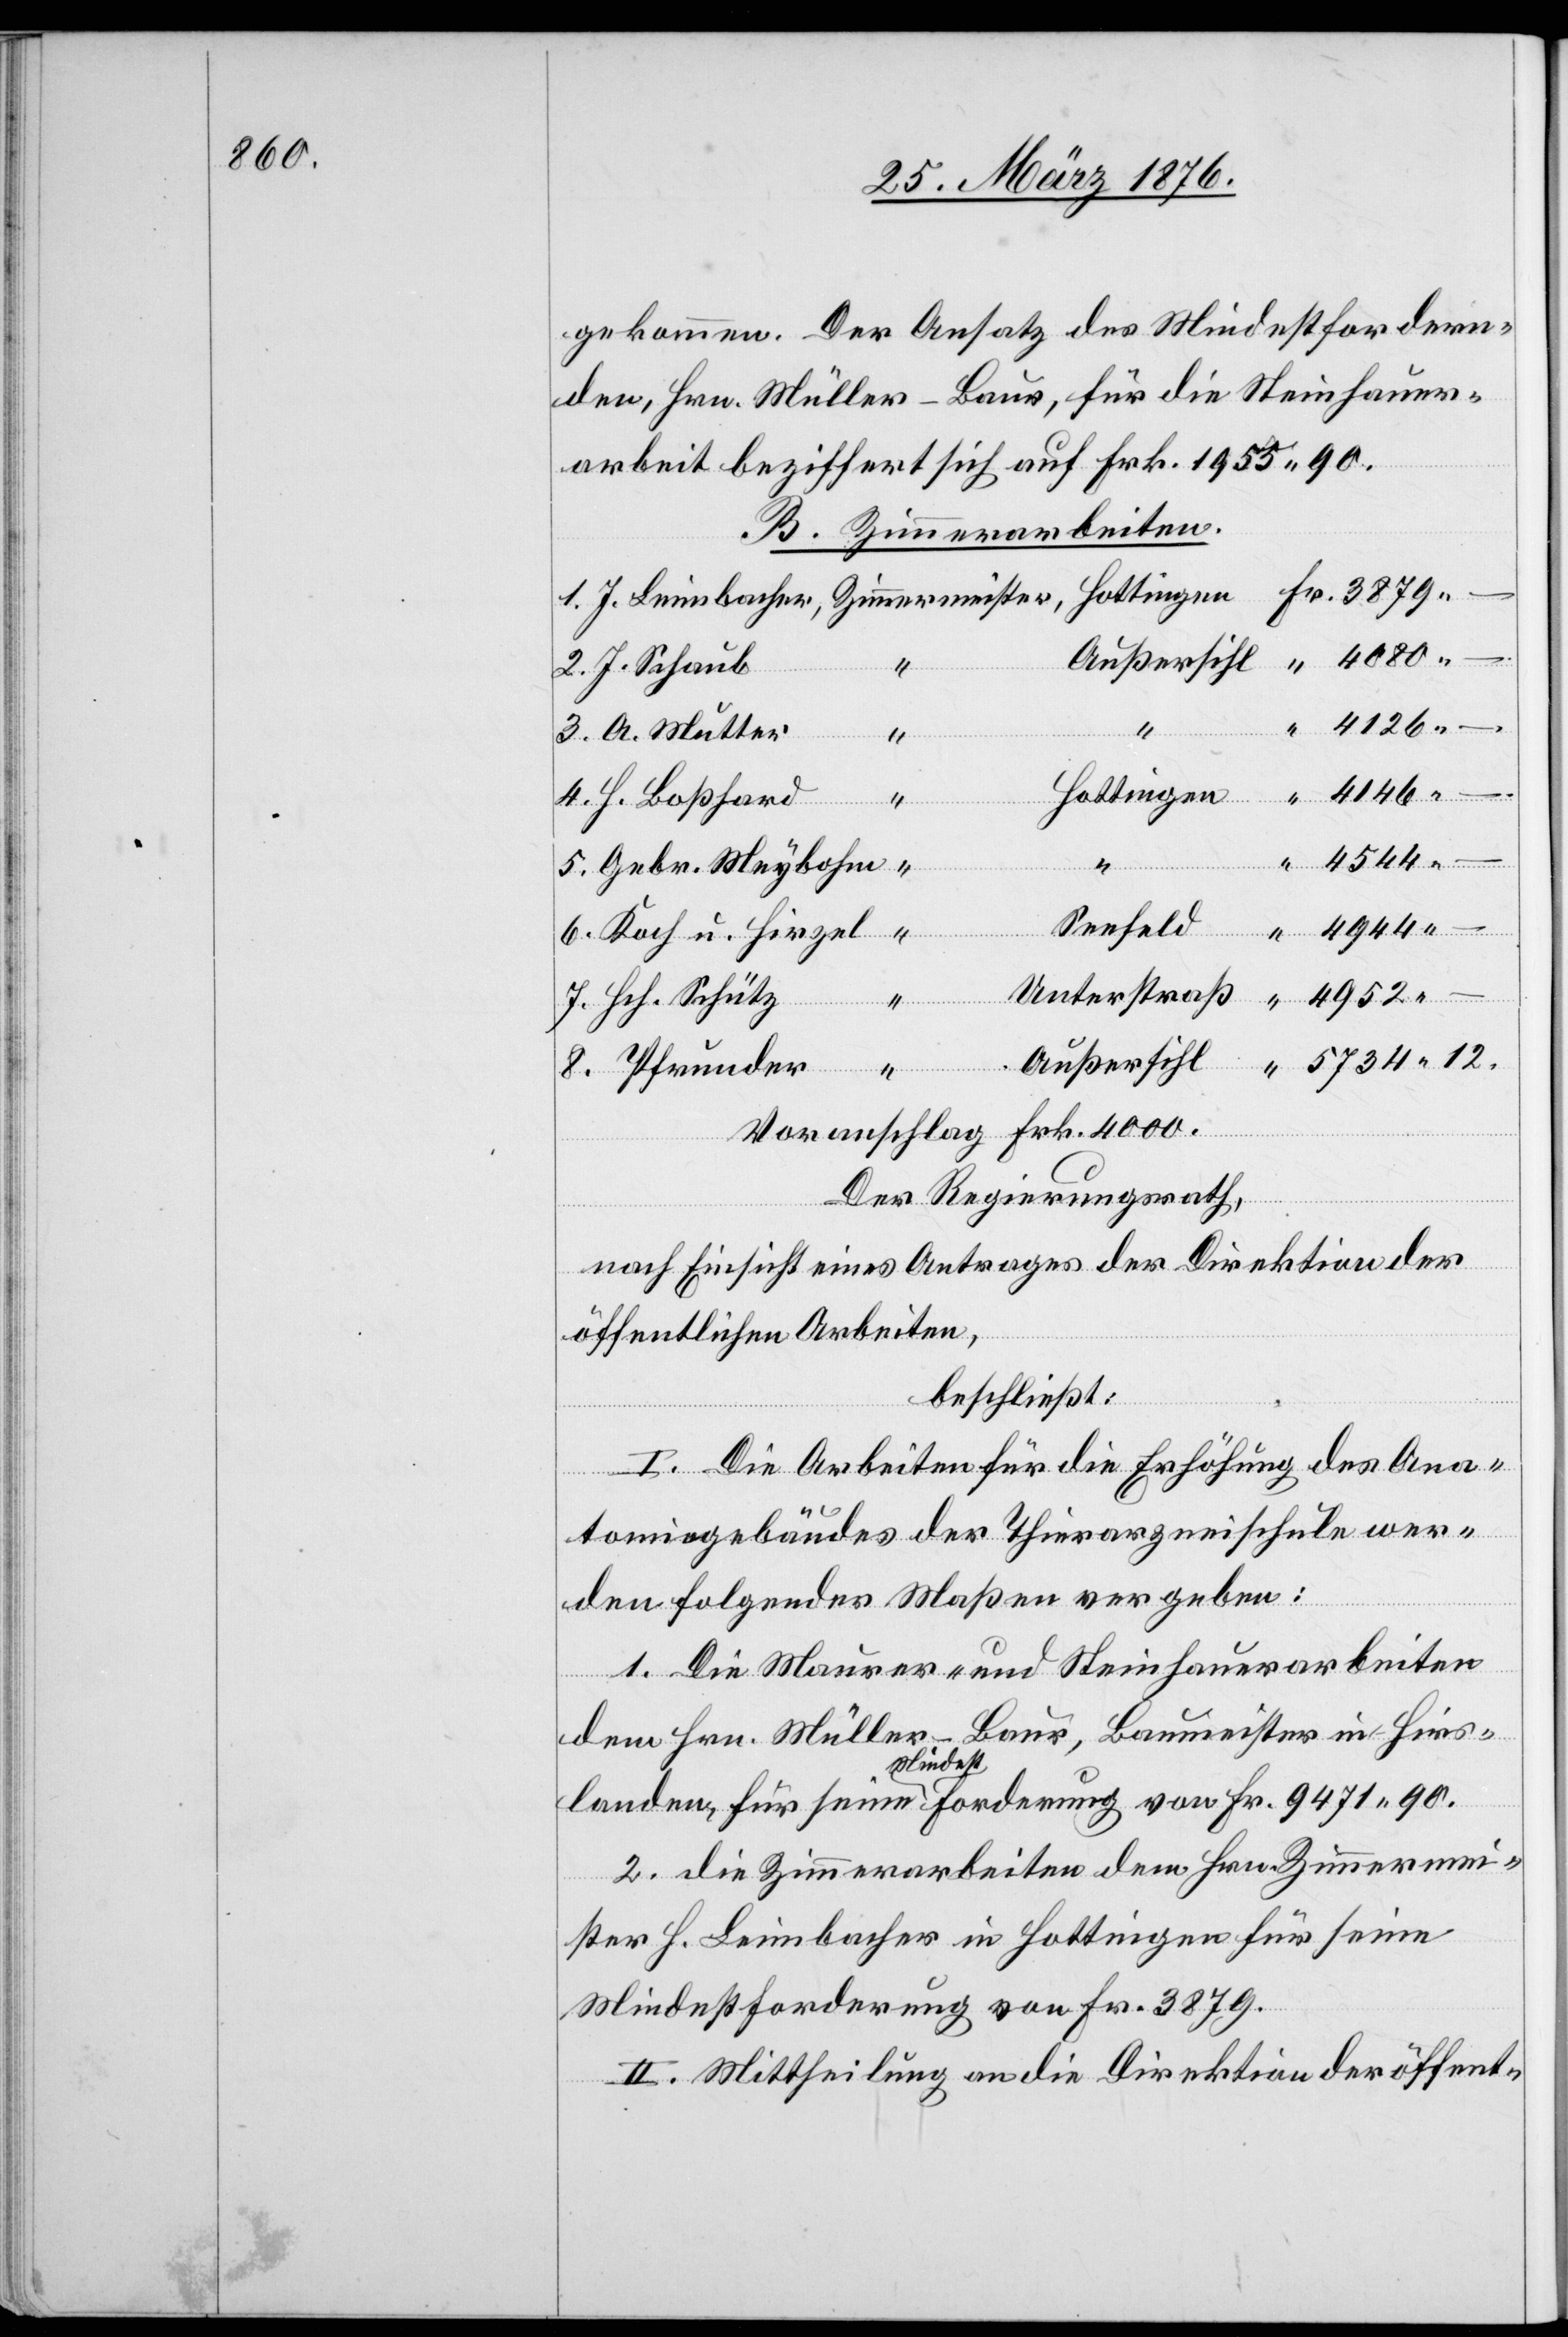
4080

gekommen. Der Ansatz des Mindestfordern¬
den, Hrn. Müller-Baur, für die Steinhauer¬
arbeit beziffert sich auf Frk. 1955 90.
B. Zimmerarbeiten.
3.
J. Schaub
4126
12.
Hottingen
für
seine
H. Boßhard
“
4544
–
Seefeld
Zimmerm¬
Unterstraß
4952
Leim¬
Hch. Schütz
Außersihl
Voranschlag Frk. 4000.
Der Regierungsrath,
7.
nach Einsicht eines Antrages der Direktion der
öffentlichen Arbeiten,
beschließt:
I. Die Arbeiten für die Erhöhung des Ana¬
tomiegebäudes der Thierarzneischule wer¬
den folgender Maßen vergeben:
1. Die Maurer- und Steinhauerarbeiten
dem Hrn. Müller-Baur, Baumeister in Hirs¬
2. die Zimmerarbeiten dem Hrn. Zimmermei¬
ster H. Leimbacher in Hottingen für seine
Mindestforderung von Fr. 3879.
II. Mittheilung an die Direktion der öffent-